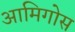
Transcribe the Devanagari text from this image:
आमिगोस